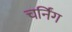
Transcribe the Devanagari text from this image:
चर्निंग